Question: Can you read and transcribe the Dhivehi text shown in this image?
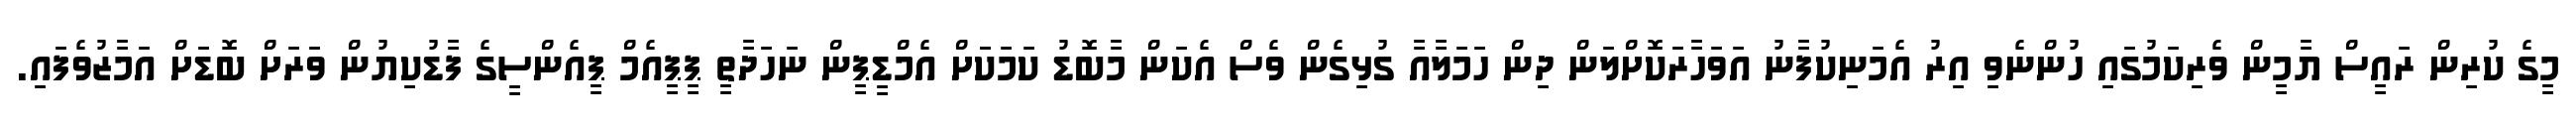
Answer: މީގެ ކުރިން ރައީސް ޔާމީން ވެރިކަމުގައި ހުންނެވި އިރު އެމަނިކުފާނު އަވަހާރަކޮށްލަން ދިން ހަމަލާއާ ގުޅިގެން ވެސް އެކަން މާބޮޑު ކަމަކަަށް އެމްޑީޕީން ނަހަދާތީ ޕީޕީއެމް ޕީއެންސީގެ ފާޑުކިޔުން ވަރަށް ބޮޑަށް އަމާޒުވެފައި.